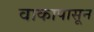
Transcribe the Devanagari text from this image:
वाकापासून